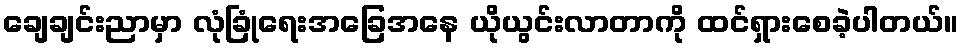
ချေချင်းညာမှာ လုံခြုံရေးအခြေအနေ ယိုယွင်းလာတာကို ထင်ရှားစေခဲ့ပါတယ်။